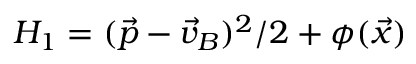
H _ { 1 } = ( \vec { p } - \vec { v } _ { B } ) ^ { 2 } / { 2 } + { \phi ( \vec { x } ) }